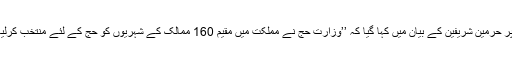
ٹوئٹر پر حرمین شریفین کے بیان میں کہا گیا کہ ’’وزارت حج نے مملکت میں مقیم 160 ممالک کے شہریوں کو حج کے لئے منتخب کرلیا ہے‘‘۔